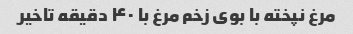
مرغ نپخته با بوی زخم مرغ با ۴۰ دقیقه تاخیر